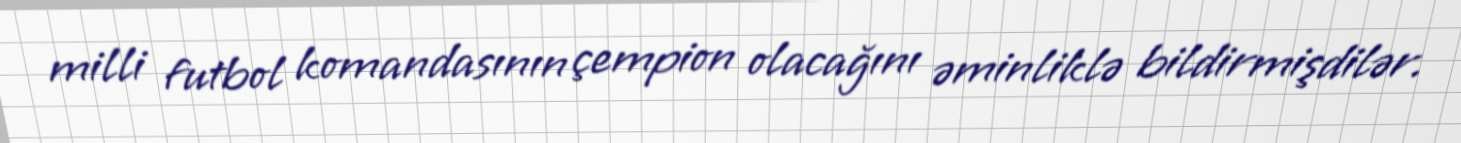
milli futbol komandasının çempion olacağını əminliklə bildirmişdilər.